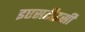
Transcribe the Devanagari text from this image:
इएसटीइसी